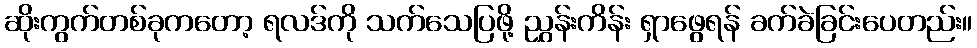
ဆိုးကွက်တစ်ခုကတော့ ရလဒ်ကို သက်သေပြဖို့ ညွှန်းကိန်း ရှာဖွေရန် ခက်ခဲခြင်းပေတည်း။